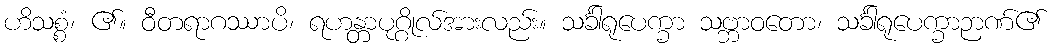
ဟိသစ္စံ၊ ၏။ ဝီတရာဂဿာပိ၊ ရဟန္တာပုဂ္ဂိုလ်အားလည်း။ သင်္ခါရုပေက္ခာ သဗ္ဘာဝတော၊ သင်္ခါရုပေက္ခာဉာဏ်၏